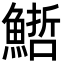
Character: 𩺢